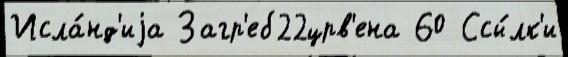
Исла́нд'иjа Загр'еб22црв'ена 60 Ссы́лк'и